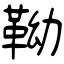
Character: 靿